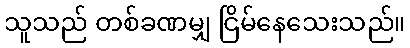
သူသည် တစ်ခဏမျှ ငြိမ်နေသေးသည်။